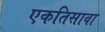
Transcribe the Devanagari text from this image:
एकतिसावा